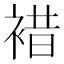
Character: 𧛊